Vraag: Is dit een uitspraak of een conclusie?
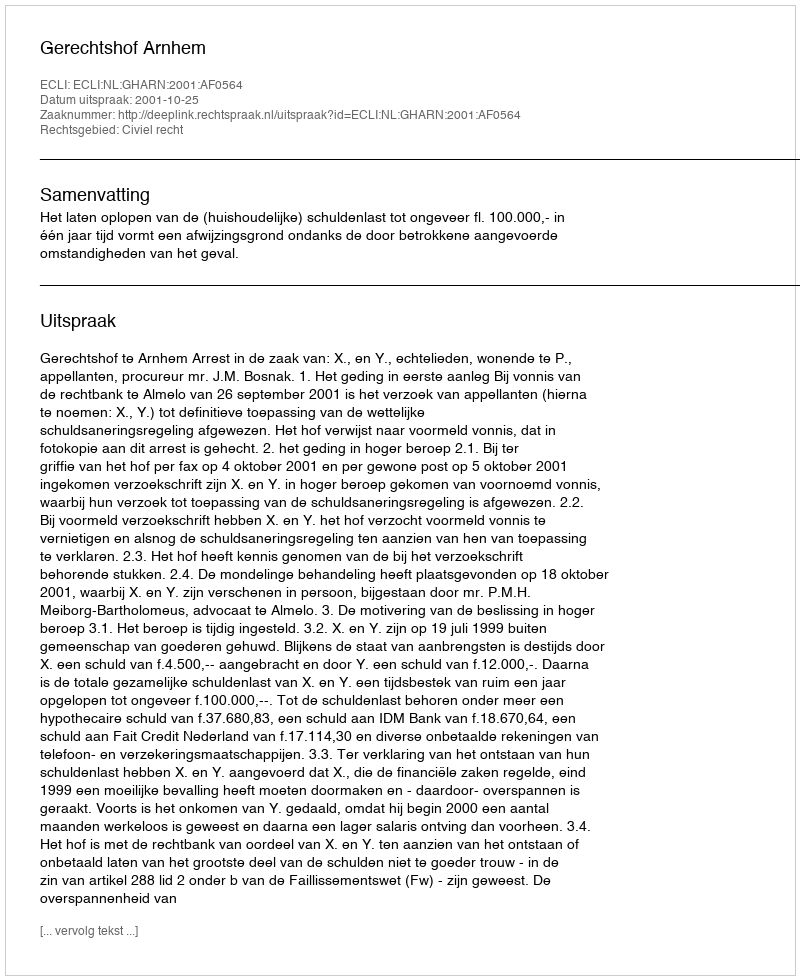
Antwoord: Uitspraak